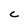
Character: C